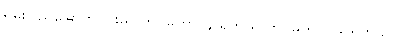
ရှမ်းပြည်မြောက်ပိုင်းမှာ တပ်မဟာ(၄)ရှိတယ် တပ်မဟာ (၉)ရှိတယ်။